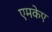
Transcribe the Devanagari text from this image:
एमकेए